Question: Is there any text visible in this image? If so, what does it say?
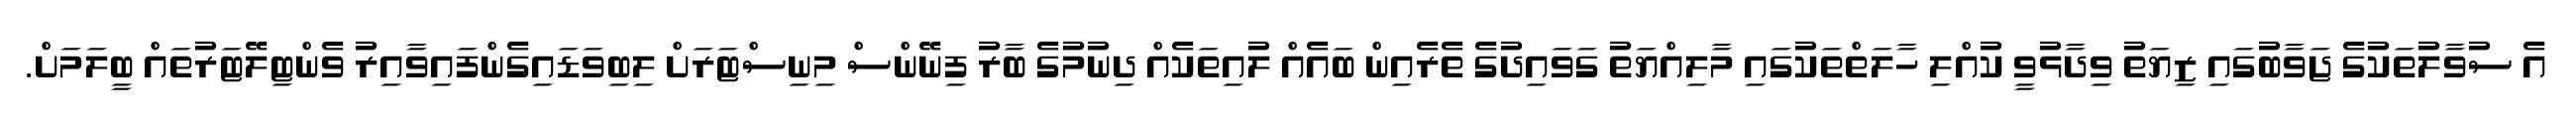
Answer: އެ ސުވާލުތަކުގެ ޖަވާބުގައި ޒިޔަތު ވިދާޅުވީ ކުއްލި ހާލަތްތަކުގައި މާލިއްޔަތު ގަވައިދުގެ ތެރެއިން ބައެއް ލުއިތަކެއް ދިނުމުގެ ބާރު ފިނޭންސް މިނިސްޓަރަށް ލިބިވަޑައިގެންފައިވާއިރު ވެންޓިލޭޓަރުތައް ބީލަމަށް.